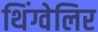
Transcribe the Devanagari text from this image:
थिंग्वेलिर